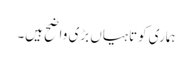
ہماری کوتاہیاں بڑی واضح ہیں۔